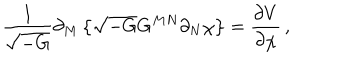
LaTeX: \frac { 1 } { \sqrt { - G } } \partial _ { M } \left\{ \sqrt { - G } G ^ { M N } \partial _ { N } \chi \right\} = \frac { \partial V } { \partial \chi } \, ,